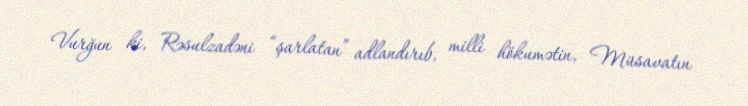
Vurğun ki, Rəsulzadəni “şarlatan” adlandırıb, milli hökumətin, Müsavatın